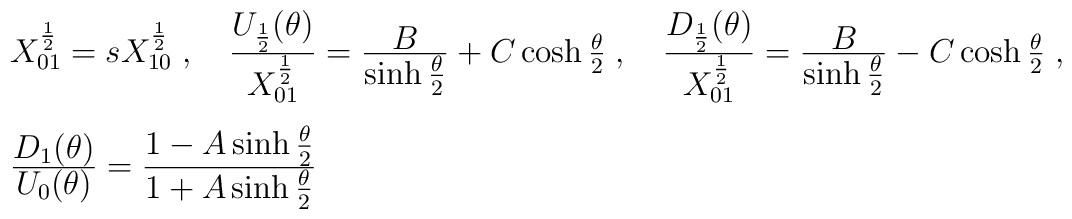
\begin{array}{l}X^{\frac{1}{2}}_{01}=sX^{\frac{1}{2}}_{10}\;,\quad \frac{\textstyle U_{\frac{1}{2}}(\theta)}{\textstyle X_{01}^{\frac{1}{2}}}=\frac{\textstyle B}{\textstyle \sinh\frac{\theta}{2}}+C\cosh\frac{\theta}{2}\;,\quad \frac{\textstyle D_{\frac{1}{2}}(\theta)}{\textstyle X_{01}^{\frac{1}{2}}}=\frac{\textstyle B}{\textstyle\sinh\frac{\theta}{2}}-C\cosh\frac{\theta}{2}\;,\vspace{3mm}\\\frac{\textstyle D_{1}(\theta)}{\textstyle U_0(\theta)}=\frac{\textstyle 1-A\sinh\frac{\theta}{2}}{\textstyle 1+A\sinh\frac{\theta}{2}}\end{array}